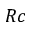
R c